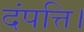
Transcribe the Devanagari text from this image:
दंपत्ति।